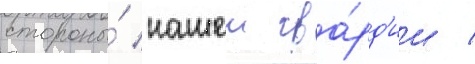
стороны́ нашеи гва́рд'ии /